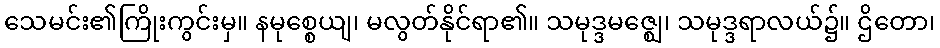
သေမင်း၏ကြိုးကွင်းမှ။ နမုစ္စေယျ၊ မလွတ်နိုင်ရာ၏။ သမုဒ္ဒမဇ္ဈေ၊ သမုဒ္ဒရာလယ်၌။ ဌိတော၊